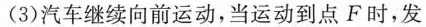
3)汽车继续向前运动，当运动到点F时，发